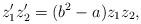
LaTeX: \begin{align*} z_1'z_2'=(b^2-a)z_1z_2,\end{align*}